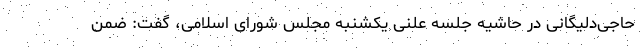
حاجی‌دلیگانی در حاشیه جلسه علنی یکشنبه مجلس شورای اسلامی، گفت: ضمن